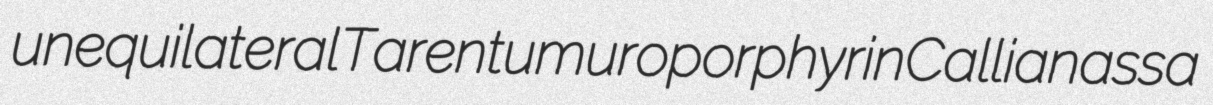
unequilateral Tarentum uroporphyrin Callianassa